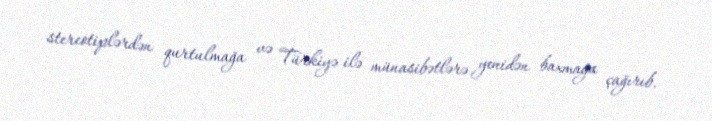
stereotiplərdən qurtulmağa və Türkiyə ilə münasibətlərə yenidən baxmağa çağırıb.